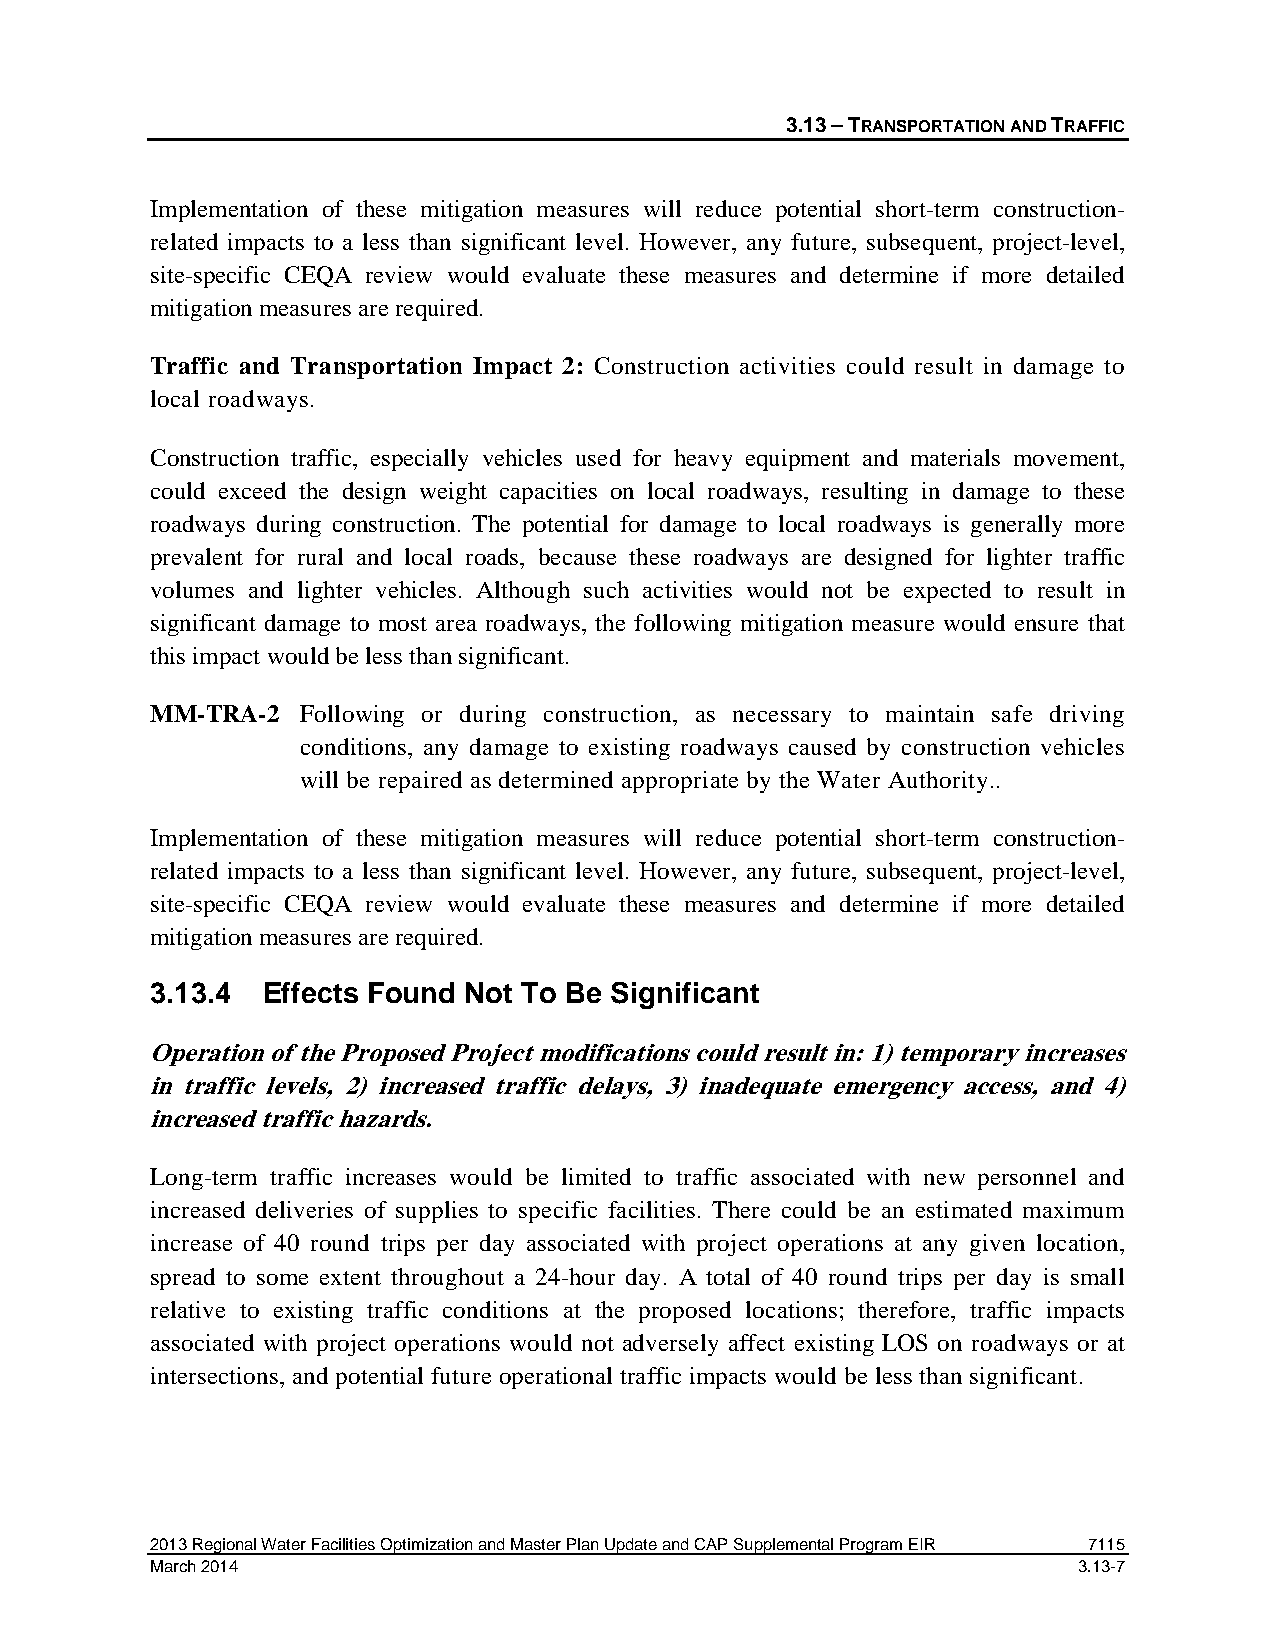
3.13 – TRANSPORTATION AND TRAFFIC
 Implementation of these mitigation measures will reduce potential short-term construction-
 related impacts to a less than significant level. However, any future, subsequent, project-level,
 site-specific CEQA review would evaluate these measures and determine if more detailed
 mitigation measures are required.
 Traffic and Transportation Impact 2: Construction activities could result in damage to
 local roadways.
 Construction traffic, especially vehicles used for heavy equipment and materials movement,
 could exceed the design weight capacities on local roadways, resulting in damage to these
 roadways during construction. The potential for damage to local roadways is generally more
 prevalent for rural and local roads, because these roadways are designed for lighter traffic
 volumes and lighter vehicles. Although such activities would not be expected to result in
 significant damage to most area roadways, the following mitigation measure would ensure that
 this impact would be less than significant.
 MM-TRA-2  Following or during construction, as necessary to maintain safe driving
 conditions, any damage to existing roadways caused by construction vehicles
 will be repaired as determined appropriate by the Water Authority..
 Implementation of these mitigation measures will reduce potential short-term construction-
 related impacts to a less than significant level. However, any future, subsequent, project-level,
 site-specific CEQA review would evaluate these measures and determine if more detailed
 mitigation measures are required.
 3.13.4 Effects Found Not To Be Significant
 Operation of the Proposed Project modifications could result in: 1) temporary increases
 in traffic levels, 2) increased traffic delays, 3) inadequate emergency access, and 4)
 increased traffic hazards.
 Long-term traffic increases would be limited to traffic associated with new personnel and
 increased deliveries of supplies to specific facilities. There could be an estimated maximum
 increase of 40 round trips per day associated with project operations at any given location,
 spread to some extent throughout a 24-hour day. A total of 40 round trips per day is small
 relative to existing traffic conditions at the proposed locations; therefore, traffic impacts
 associated with project operations would not adversely affect existing LOS on roadways or at
 intersections, and potential future operational traffic impacts would be less than significant.
 2013 Regional Water Facilities Optimization and Master Plan Update and CAP Supplemental Program EIR 7115
 March 2014                                                   3.13-7